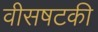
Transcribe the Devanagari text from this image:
वीसषटकी